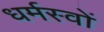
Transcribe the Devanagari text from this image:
धर्मस्वों